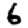
Digit: 6